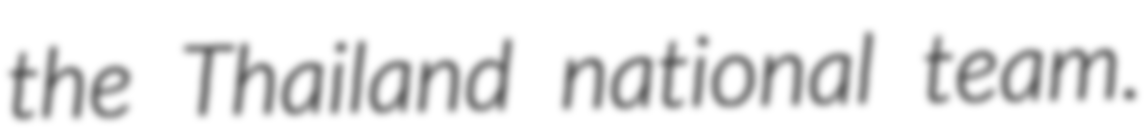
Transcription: the Thailand national team.